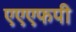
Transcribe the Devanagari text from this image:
एएएफपी